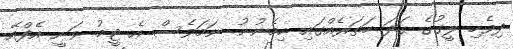
ދިވެހި ލީގުގެ ގަދަ ހަތަރެއްގައި ހިމެނުނު ނަމަވެސް އެ ޓީމު ވަނީ އެފްއޭ